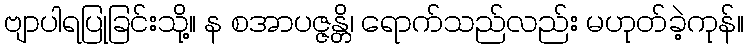
ဗျာပါရပြုခြင်းသို့။ န စအာပဇ္ဇန္တိ၊ ရောက်သည်လည်း မဟုတ်ခဲ့ကုန်။